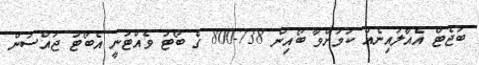
ބަޖެޓް އެއާލައިނެއް ކަމަށްވާ ބޯއިން 738-800 ގެ ބޯޓު ވެއްޓުނީ އެބޯޓު ޖައްސަން